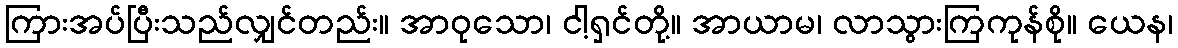
ကြားအပ်ပြီးသည်လျှင်တည်း။ အာဝုသော၊ ငါ့ရှင်တို့။ အာယာမ၊ လာသွားကြကုန်စို။ ယေန၊